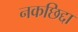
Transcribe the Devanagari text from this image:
नकछिद्दा